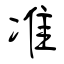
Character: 准